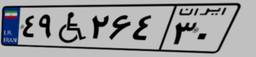
۴۹W۲۶۴۳۰